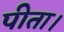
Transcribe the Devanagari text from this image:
पीता।